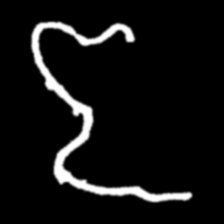
Pyu character \u2014 Myanmar letter: ဇ (romanized: ja)